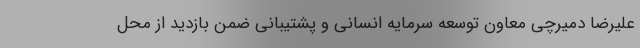
علیرضا دمیرچی معاون توسعه سرمایه انسانی و پشتیبانی ضمن بازدید از محل